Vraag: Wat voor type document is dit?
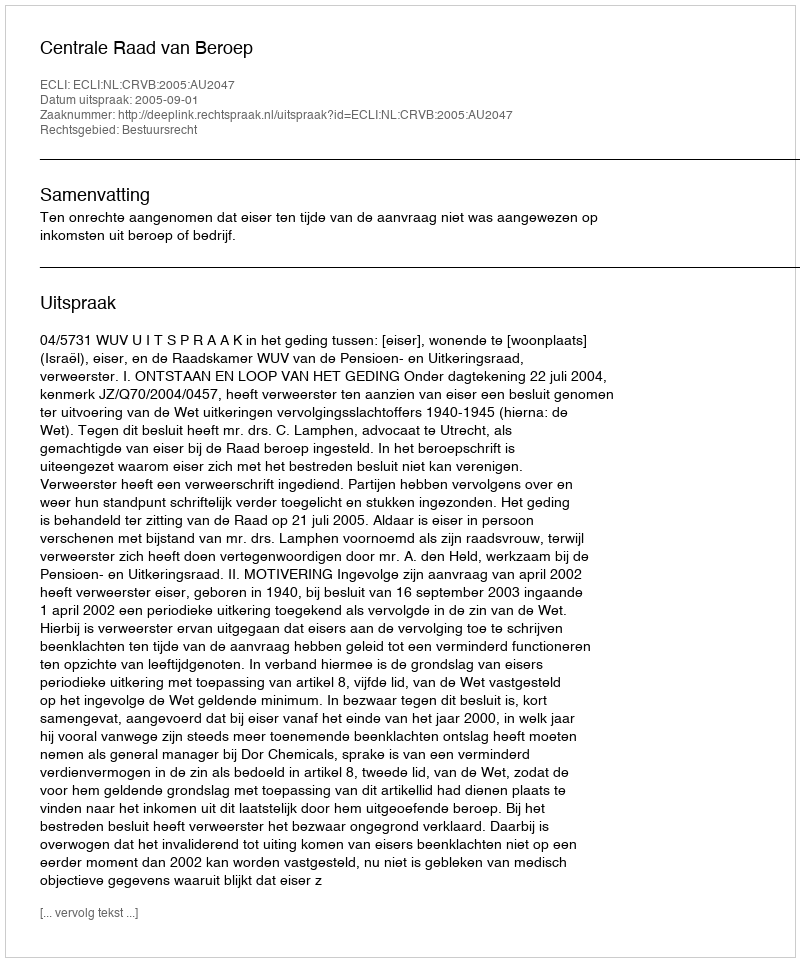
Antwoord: Uitspraak